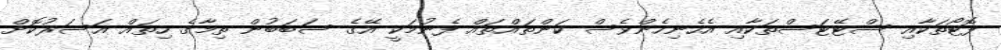
ފޮޓޯތަކާއި ސްޓޭޓަސްތަކާއި އެހެނިހެންވެސް ކަންތައްތައް ފެނުމަކީ އޭގެ ސަބަބުން ތިމާގެ ހިތައް އަސަރުކޮށް